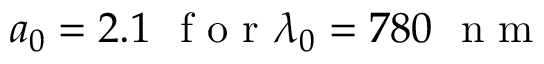
a _ { 0 } = 2 . 1 \ \textrm { f o r } \lambda _ { 0 } = 7 8 0 \ \textrm { n m }